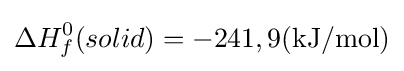
\Delta H_{f}^{0}(solid)=-241,9(\mathrm {kJ/mol} )